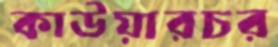
কাউয়ারচর